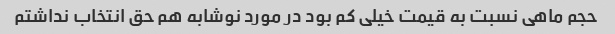
حجم ماهی نسبت به قیمت خیلی کم بود در مورد نوشابه هم حق انتخاب نداشتم